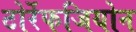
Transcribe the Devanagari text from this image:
टोर्रेफजियोन